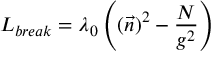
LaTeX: L _ { b r e a k } = \lambda _ { 0 } \left( ( \vec { n } ) ^ { 2 } - \frac { N } { g ^ { 2 } } \right)